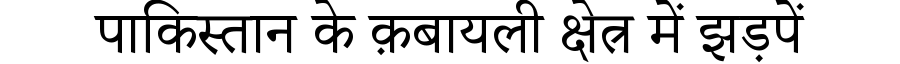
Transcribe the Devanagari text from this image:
पाकिस्तान के क़बायली क्षेत्र में झड़पें